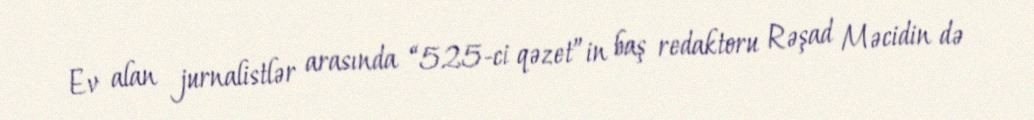
Ev alan jurnalistlər arasında “525-ci qəzet”in baş redaktoru Rəşad Məcidin də